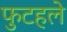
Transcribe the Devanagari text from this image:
फुटहले